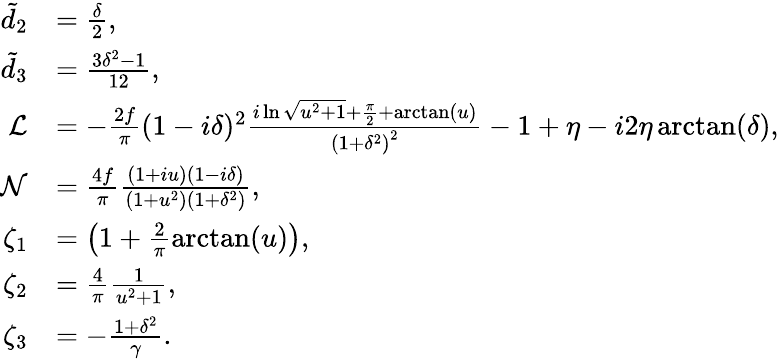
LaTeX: \begin{array}{rl}{\tilde{d}_{2}}&{=\frac{\delta}{2},}\\ {\tilde{d}_{3}}&{=\frac{3\delta^{2}-1}{12},}\\ {\mathcal{L}}&{=-\frac{2f}{\pi}(1-i\delta)^{2}\frac{i\ln\sqrt{u^{2}+1}+\frac{\pi}{2}+\arctan(u)}{\left(1+\delta^{2}\right)^{2}}-1+\eta-i2\eta\arctan(\delta),}\\ {\mathcal{N}}&{=\frac{4f}{\pi}\frac{(1+iu)(1-i\delta)}{(1+u^{2})(1+\delta^{2})},}\\ {\zeta_{1}}&{=\left(1+\frac{2}{\pi}\arctan(u)\right),}\\ {\zeta_{2}}&{=\frac{4}{\pi}\frac{1}{u^{2}+1},}\\ {\zeta_{3}}&{=-\frac{1+\delta^{2}}{\gamma}.}\end{array}